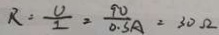
R = \frac { U } { I } = \frac { 9 v } { 0 . 5 A } = 3 0 \Omega